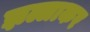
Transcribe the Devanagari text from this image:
झल्लाकर